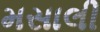
મસાલી